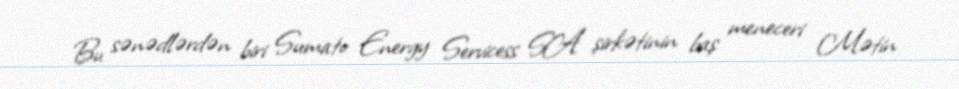
Bu sənədlərdən biri Sumato Energy Servicess SA şirkətinin baş meneceri Mətin